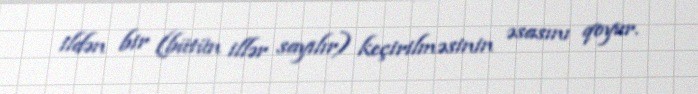
ildən bir (bütün illər sayılır) keçirilməsinin əsasını qoyur.